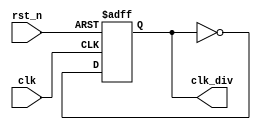
`timescale 1ns / 1ps
////////////////////////////////////////////////////////////////////////////////
// Company:
// Engineer:
//
// Create Date:
// Design Name:    
// Module Name:    
// Project Name:
// Target Device:  
// Tool versions:
// Description:
//
// Dependencies:
//
// Revision:
// Revision 0.01 - File Created
// Additional Comments:
// EDNFPGA/CPLDhttp://group.ednchina.com/1375/
////////////////////////////////////////////////////////////////////////////////
module verilog_ex2(
            clk,rst_n,
            clk_div
        );

input clk;      //50MHz
input rst_n;    //

output clk_div; //2

//---------------------------------------------------
reg cnt;    //

always @ (posedge clk or negedge rst_n) //
    if(!rst_n) cnt <= 1'b0;
    else cnt <= ~cnt;   //cnt 20ms

assign clk_div = cnt;

endmodule